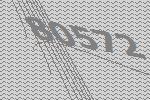
80572